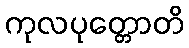
ကုလပုတ္တောတိ